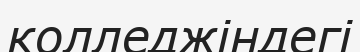
колледжіндегі